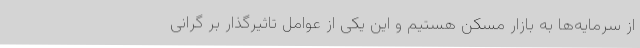
از سرمایه‌ها به بازار مسکن هستیم و این یکی از عوامل تاثیرگذار بر گرانی